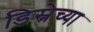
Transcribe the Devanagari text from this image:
डिस्नेच्या